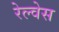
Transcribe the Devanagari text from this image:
रेल्वेस